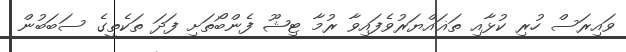
ވައިރަސް ހުރި ކުޅާއި ތަޣައްޔަރުވެފައިވާ ރުމާ ޓިޝޫ ފެންބޯތަށި ފަދަ ތަކެތީގެ ސަބަބުން